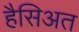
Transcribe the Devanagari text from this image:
हैसिअत